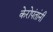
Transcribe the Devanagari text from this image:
केरोपंतांनी